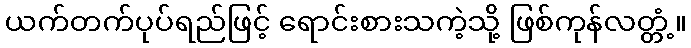
ယက်တက်ပုပ်ရည်ဖြင့် ရောင်းစားသကဲ့သို့ ဖြစ်ကုန်လတ္တံ့။